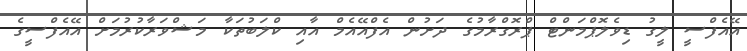
އޭއެފްސީ ލީގު ޑިވެލޮޕްމަންޓް ޕްރޮގްރާމުގެ ދަށުން އެފްއޭއެމް އާއި ކްލަބުތަކާ މަޝްވަރާކުރުމަށް އޭއެފްސީގެ